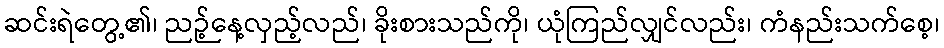
ဆင်းရဲတွေ့၏၊ ညဉ့်နေ့လှည့်လည်၊ ခိုးစားသည်ကို၊ ယုံကြည်လျှင်လည်း၊ ကံနည်းသက်စေ့၊